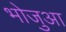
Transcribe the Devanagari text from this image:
भोजुआ